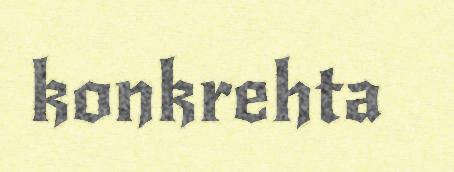
konkrehta